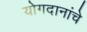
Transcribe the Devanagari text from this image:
योगदानांचे